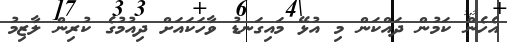
އެހެން ކަމުން ދައްކަން މި އުޅޭ މައިގަނޑު ވާހަކައަށް ދިއުމުގެ ކުރިން ލާޒިމު